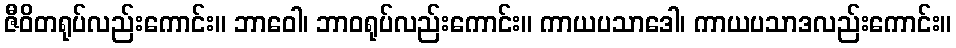
ဇီဝိတရုပ်လည်းကောင်း။ ဘာဝေါ၊ ဘာဝရုပ်လည်းကောင်း။ ကာယပသာဒေါ၊ ကာယပသာဒလည်းကောင်း။